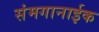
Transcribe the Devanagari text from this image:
संमगानाईक